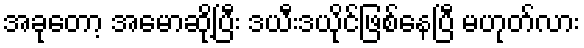
အခုတော့ အမောဆို့ပြီး ဒယီးဒယိုင်ဖြစ်နေပြီ မဟုတ်လား